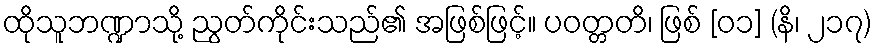
ထိုသူဘဏ္ဍာသို့ ညွတ်ကိုင်းသည်၏ အဖြစ်ဖြင့်။ ပဝတ္တတိ၊ ဖြစ် [၀၁] (နိ၊ ၂၁၇)